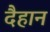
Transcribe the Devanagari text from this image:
दैहान